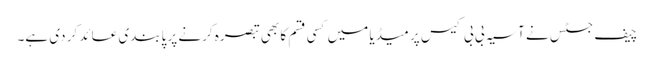
چیف جسٹس نے آسیہ بی بی کیس پر میڈیا میں کسی قسم کا بھی تبصرہ کرنے پر پابندی عائد کر دی ہے۔